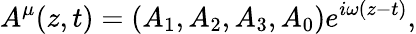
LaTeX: A^{\mu}(z,t)=(A_{1},A_{2},A_{3},A_{0})e^{i\omega(z-t)},